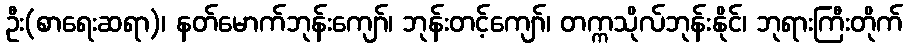
ဦး(စာရေးဆရာ)၊ နတ်မောက်ဘုန်းကျော်၊ ဘုန်းတင့်ကျော်၊ တက္ကသိုလ်ဘုန်းနိုင်၊ ဘုရားကြီးတိုက်